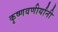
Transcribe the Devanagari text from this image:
कृष्णवणीर्यांनी